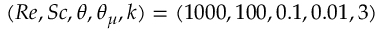
( R e , S c , \theta , \theta _ { \mu } , k ) = ( 1 0 0 0 , 1 0 0 , 0 . 1 , 0 . 0 1 , 3 )